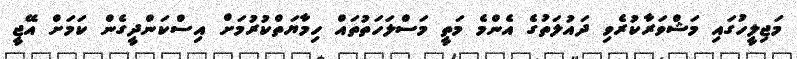
މަޖިލީހުގައި މަޝްވަރާކުރެވި ދައުލަތުގެ އެންމެ މަތީ މަސްލަހަތުތައް ހިމާޔަތްކުރުމަށް އިސްކަންދީގެން ކަމަށް އޭޖީ